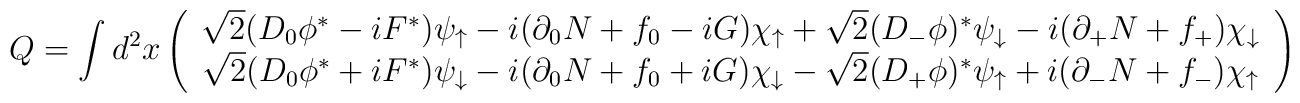
Q= \int d^2 x \left( \begin{array}{c}\sqrt{2}(D_0\phi^*-iF^*)\psi_\uparrow -i(\partial_0 N+f_0-iG)\chi_\uparrow +\sqrt{2}(D_-\phi)^*\psi_\downarrow-i(\partial_+ N +f_+)\chi_\downarrow \\\sqrt{2}(D_0\phi^*+iF^*)\psi_\downarrow -i(\partial_0 N+f_0+iG)\chi_\downarrow -\sqrt{2}(D_+\phi)^*\psi_\uparrow+i(\partial_- N +f_-)\chi_\uparrow \end{array} \right)